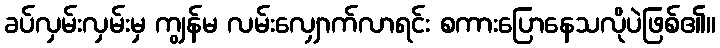
ခပ်လှမ်းလှမ်းမှ ကျွန်မ လမ်းလျှောက်လာရင်း စကားပြောနေသလိုပဲဖြစ်၏။